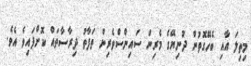
މިތިލަ އާއި ބެހޭގޮތުން ދުނިޔޭގެ މެރިން ސައިންސްވެރިން ތަފާތު ދިރާސާތައް ކޮށްފައިވެ އެވެ.